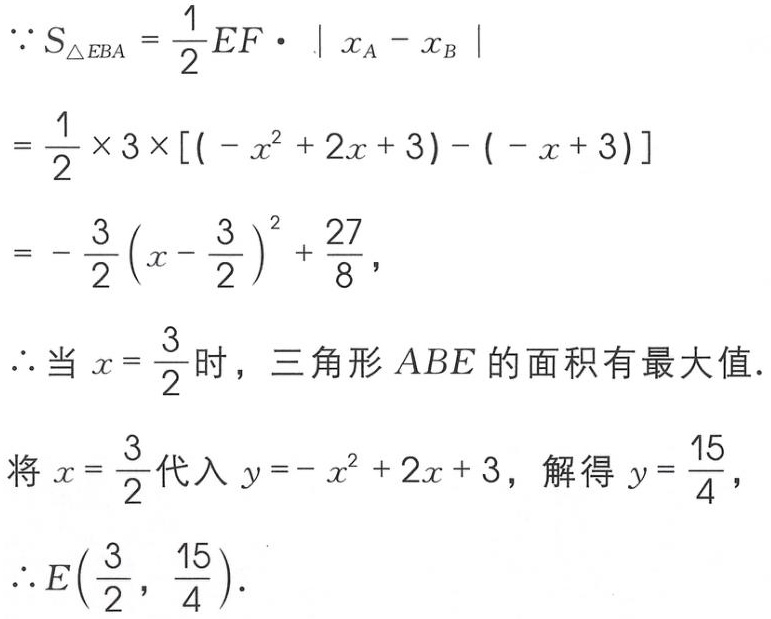
\[\begin{align*}
\because S_{\triangle EBA}&=\frac{1}{2}EF\cdot|x_A - x_B|\\
&=\frac{1}{2}\times3\times[(-x^{2}+2x + 3)-(-x + 3)]\\
&=-\frac{3}{2}\left(x-\frac{3}{2}\right)^{2}+\frac{27}{8},
\end{align*}\]
\(\therefore\)当\(x = \frac{3}{2}\)时，三角形\(ABE\)的面积有最大值.
\(\therefore\)当\(x = \frac{3}{2}\)时，三角形\(ABE\)的面积有最大值.
将\(x = \frac{3}{2}\)代入\(y=-x^{2}+2x + 3\)，解得\(y=\frac{15}{4}\)，
\(\therefore E\left(\frac{3}{2},\frac{15}{4}\right).\)